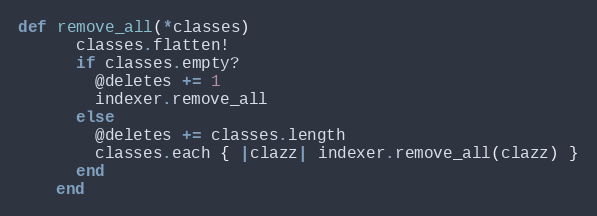
Language: Ruby
def remove_all(*classes)
      classes.flatten!
      if classes.empty?
        @deletes += 1
        indexer.remove_all
      else
        @deletes += classes.length
        classes.each { |clazz| indexer.remove_all(clazz) }
      end
    end